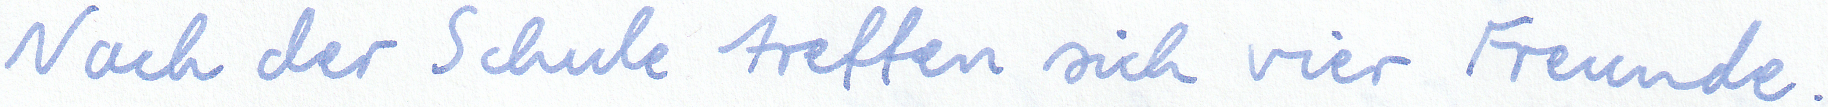
Nach der Schule treffen sich vier Freunde.